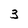
Character: 3